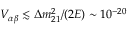
V _ { \alpha \beta } \lesssim \Delta m _ { 2 1 } ^ { 2 } / ( 2 E ) \sim 1 0 ^ { - 2 0 }